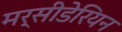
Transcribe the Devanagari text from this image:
मर्सीडेरियन